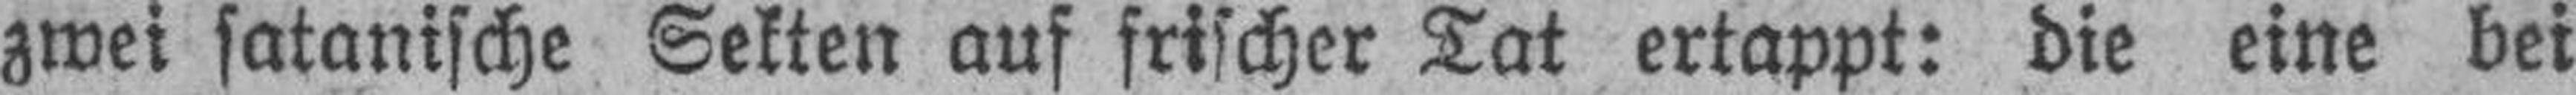
zwei satanische Sekten auf frischer Tat ertappt: die eine bei